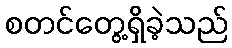
စတင်တွေ့ရှိခဲ့သည်